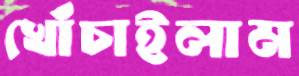
খোঁচাইলাম